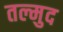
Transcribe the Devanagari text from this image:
तल्मुद